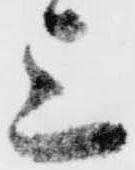
上